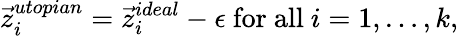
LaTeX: {\vec{z}}_{i}^{utopian}={\vec{z}}_{i}^{ideal}-\epsilon{\mathrm{~for~all~}}i=1,\ldots,k,